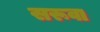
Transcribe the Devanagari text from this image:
सरूवा